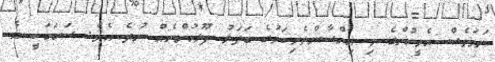
ނަމަވެސް އެމީހުންގެ މި އިހްސާންތެރިކަމުގެ ބަދަލު ފުލުހުންނެއް ނުދެ އެވެ. ސަބަބަކީ އެ